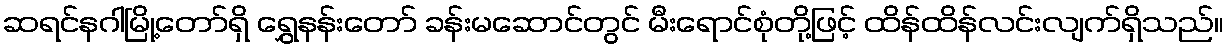
ဆရင်နဂါမြို့တော်ရှိ ရွှေနန်းတော် ခန်းမဆောင်တွင် မီးရောင်စုံတို့ဖြင့် ထိန်ထိန်လင်းလျက်ရှိသည်။